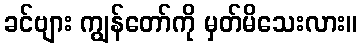
ခင်ဗျား ကျွန်တော်ကို မှတ်မိသေးလား။